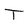
Character: T